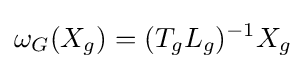
\omega _{G}(X_{g})=(T_{g}L_{g})^{-1}X_{g}